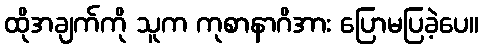
ထိုအချက်ကို သူက ကုစာနာဂိအား ပြောမပြခဲ့ပေ။